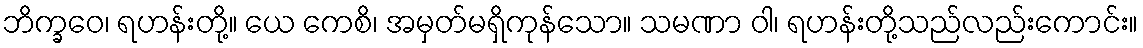
ဘိက္ခဝေ၊ ရဟန်းတို့။ ယေ ကေစိ၊ အမှတ်မရှိကုန်သော။ သမဏာ ဝါ၊ ရဟန်းတို့သည်လည်းကောင်း။